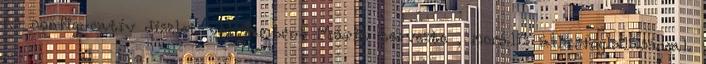
és nonfiguratív díszletével Ambrus Mária tervezte , morális állásfoglalásával.